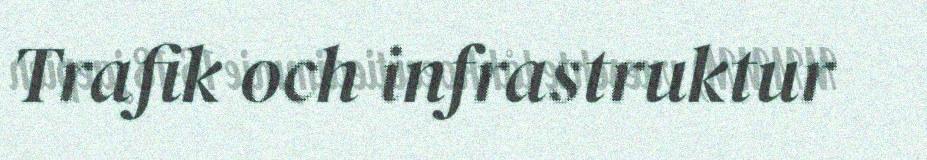
Trafik och infrastruktur